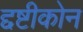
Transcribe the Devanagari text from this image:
द्दष्टीकोन